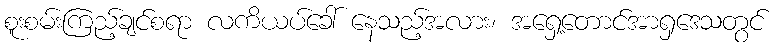
စူးစမ်းကြည့်ချင်စရာ လကိယပ်ခေါ် နေသည့်အလား၊ အရှေ့တောင်အာရှဒေသတွင်